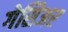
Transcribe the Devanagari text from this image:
गेसिअर